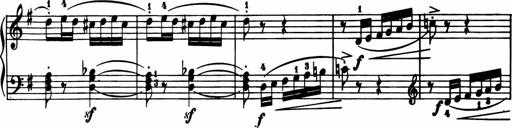
Title: 11 Sonatinas for Piano Solo
Composer: Anton Diabelli